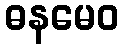
ဓနမေဝ